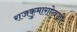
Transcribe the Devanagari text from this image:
राजकुमाराऐवजी